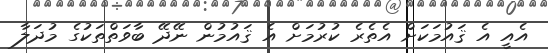
އެއީ އެ ޤައުމަކަށް އެތެރެ ކުރުމަށް އެ ޤައުމުން ނޭދޭ ބާވަތްތަކުގެ މުދަލާ